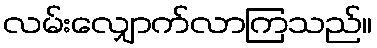
လမ်းလျှောက်လာကြသည်။